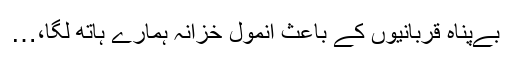
بےپناہ قربانیوں کے باعث انمول خزانہ ہمارے ہاتھ لگا،…